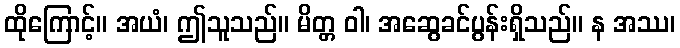
ထိုကြောင့်။ အယံ၊ ဤသူသည်။ မိတ္တ ဝါ၊ အဆွေခင်ပွန်းရှိသည်။ န အဿ၊